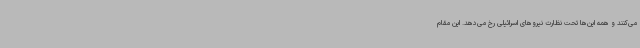
می‌کنند و همه این‌ها تحت نظارت نیروهای اسرائیلی رخ می‌دهد. این مقام